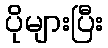
ပိုများပြီး